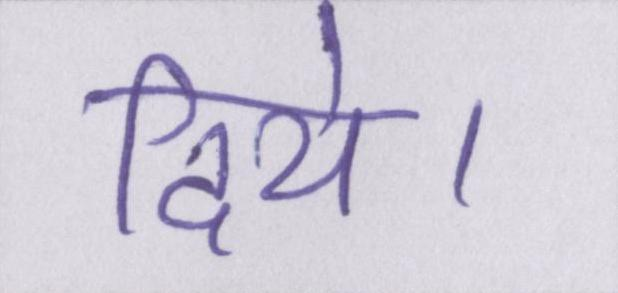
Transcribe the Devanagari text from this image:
दिये।